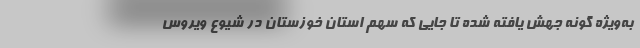
به‌ویژه گونه جهش یافته شده تا جایی که سهم استان خوزستان در شیوع ویروس